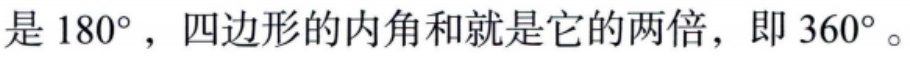
是 \(180^{\circ}\)，四边形的内角和就是它的两倍，即 \(360^{\circ}\)。